Annual report of the Madras Medical College
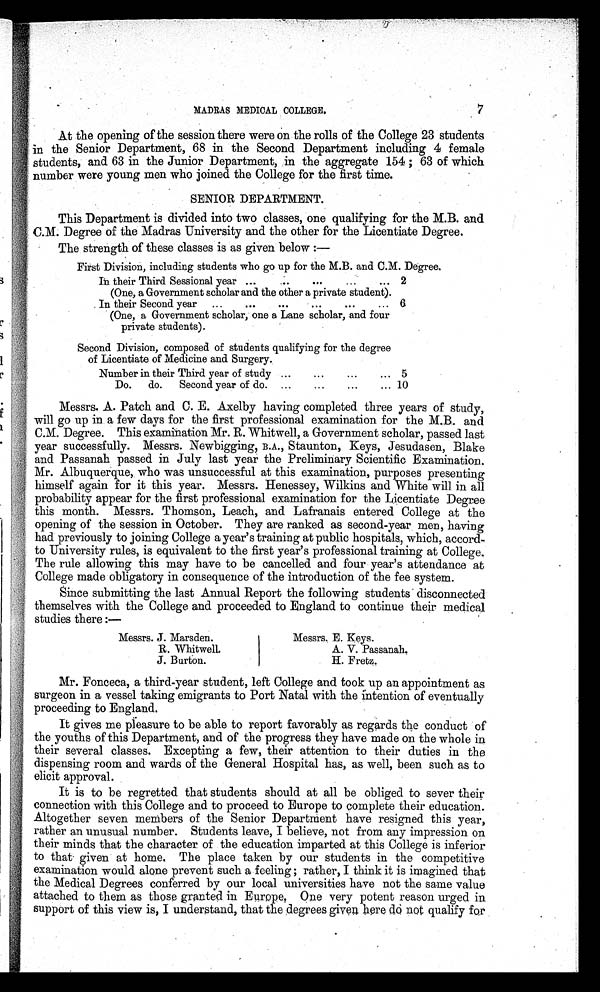
MADRAS MEDICAL COLLEGE.
7
At the opening of the session there were on the rolls of the College 23 students
in the Senior Department, 68 in the Second Department including 4 female
students, and 63 in the Junior Department, in the aggregate 154 ; 63 of which
number were young men who joined the College for the first time.
SENIOR DEPARTMENT.
This Department is divided into two classes, one qualifying for the M.B. and
C.M. Degree of the Madras University and the other for the Licentiate Degree.
The strength of these classes is as given below :--
First Division, including students who go up for the M.B. and C.M. Degree.
In their Third Sessional year ...
...
...
...
.. . 2
(One, a Government scholar and the other a private student).
In their Second year ...
...
...
...
...
... 6
(One, a Government scholar, one a Lane scholar, and four
private students).
Second Division, composed of students qualifying for the degree
of Licentiate of Medicine and Surgery.
Number in their Third year of study ...
...
...
... 5
Do. do. Second year of do. ...
...
...
... 10
Messrs. A. Patch and C. E. Axelby having completed three years of study,
will go up in a few days for the first professional examination for the M.B. and
C.M. Degree. This examination Mr. R. Whitwell, a Government scholar, passed last
year successfully. Messrs. Newbigging, B.A., Staunton, Keys, Jesudasen, Blake
and Passanah passed in July last year the Preliminary Scientific Examination.
Mr. Albuquerque, who was unsuccessful at this examination, purposes presenting
himself again for it this year. Messrs. Henessey, Wilkins and White will in all
probability appear for the first professional examination for the Licentiate Degree
this month. Messrs. Thomson, Leach, and Lafranais entered College at the
opening of the session in October. They are ranked as second-year men, having
had previously to joining College a year's training at public hospitals, which, accord-
to University rules, is equivalent to the first year's professional training at College.
The rule allowing this may have to be cancelled and four year's attendance at
College made obligatory in consequence of the introduction of the fee system.
since submitting the last Annual Report the following students . disconnected
themselves with the College and proceeded to England to continue their medical
studies there :—
Messrs. J. Marsden.
R. Whitwell.
J. Burton.
Messrs. E. Keys.
A. V. Passanah.
H. Fretz.
Mr. Fonceca, a third-year student, left College and took up an appointment as
surgeon in a vessel taking emigrants to Port Natal with the intention of eventually
proceeding to England.
It gives me pleasure to be able to report favorably as regards the conduct of
the youths of this Department, and of the progress they have made on the whole in
their several classes. Excepting a few, their attention to their duties in the
dispensing room and wards of the General Hospital has, as well, been such as to
elicit approval.
It is to be regretted that students should at all be obliged to sever their
connection with this College and to proceed to Europe to complete their education.
Altogether seven members of the Senior Department have resigned this year,
rather an unusual number. Students leave, I believe, not from any impression on
their minds that the character of the education imparted at this College is inferior
to than given at home. The place taken by our students in the competitive
examination would alone prevent such a feeling; rather, I think it is imagined that
the Medical Degrees conferred by our local universities have not the same value
attached to them as those granted in Europe, One very potent reason urged in
support of this view is, I understand, that the degrees givenhere donot qualify for